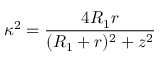
\kappa ^ { 2 } = \frac { 4 R _ { 1 } r } { ( R _ { 1 } + r ) ^ { 2 } + z ^ { 2 } }